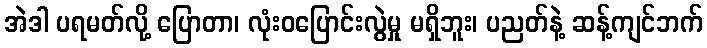
အဲဒါ ပရမတ်လို့ ပြောတာ၊ လုံးဝပြောင်းလွဲမှု မရှိဘူး၊ ပညတ်နဲ့ ဆန့်ကျင်ဘက်